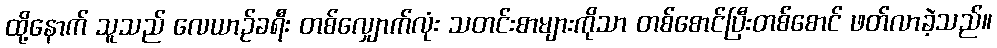
ထို့နောက် သူသည် လေယာဉ်ခရီး တစ်လျှောက်လုံး သတင်းစာများကိုသာ တစ်စောင်ပြီးတစ်စောင် ဖတ်လာခဲ့သည်။